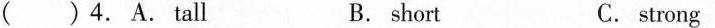
( ) 4.A. Tall B. short C. strong